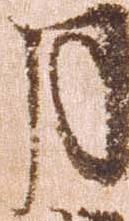
月